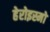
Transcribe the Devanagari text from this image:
हेरोइस्मो